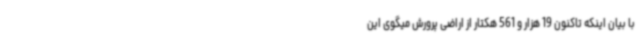
با بیان اینکه تاکنون 19 هزار و 561 هکتار از اراضی پرورش میگوی این